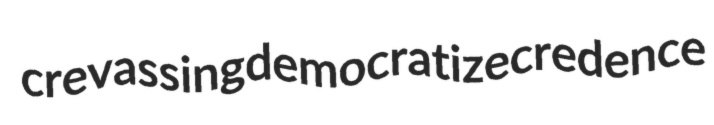
crevassing democratize credence